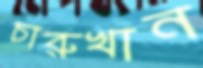
চারুখান